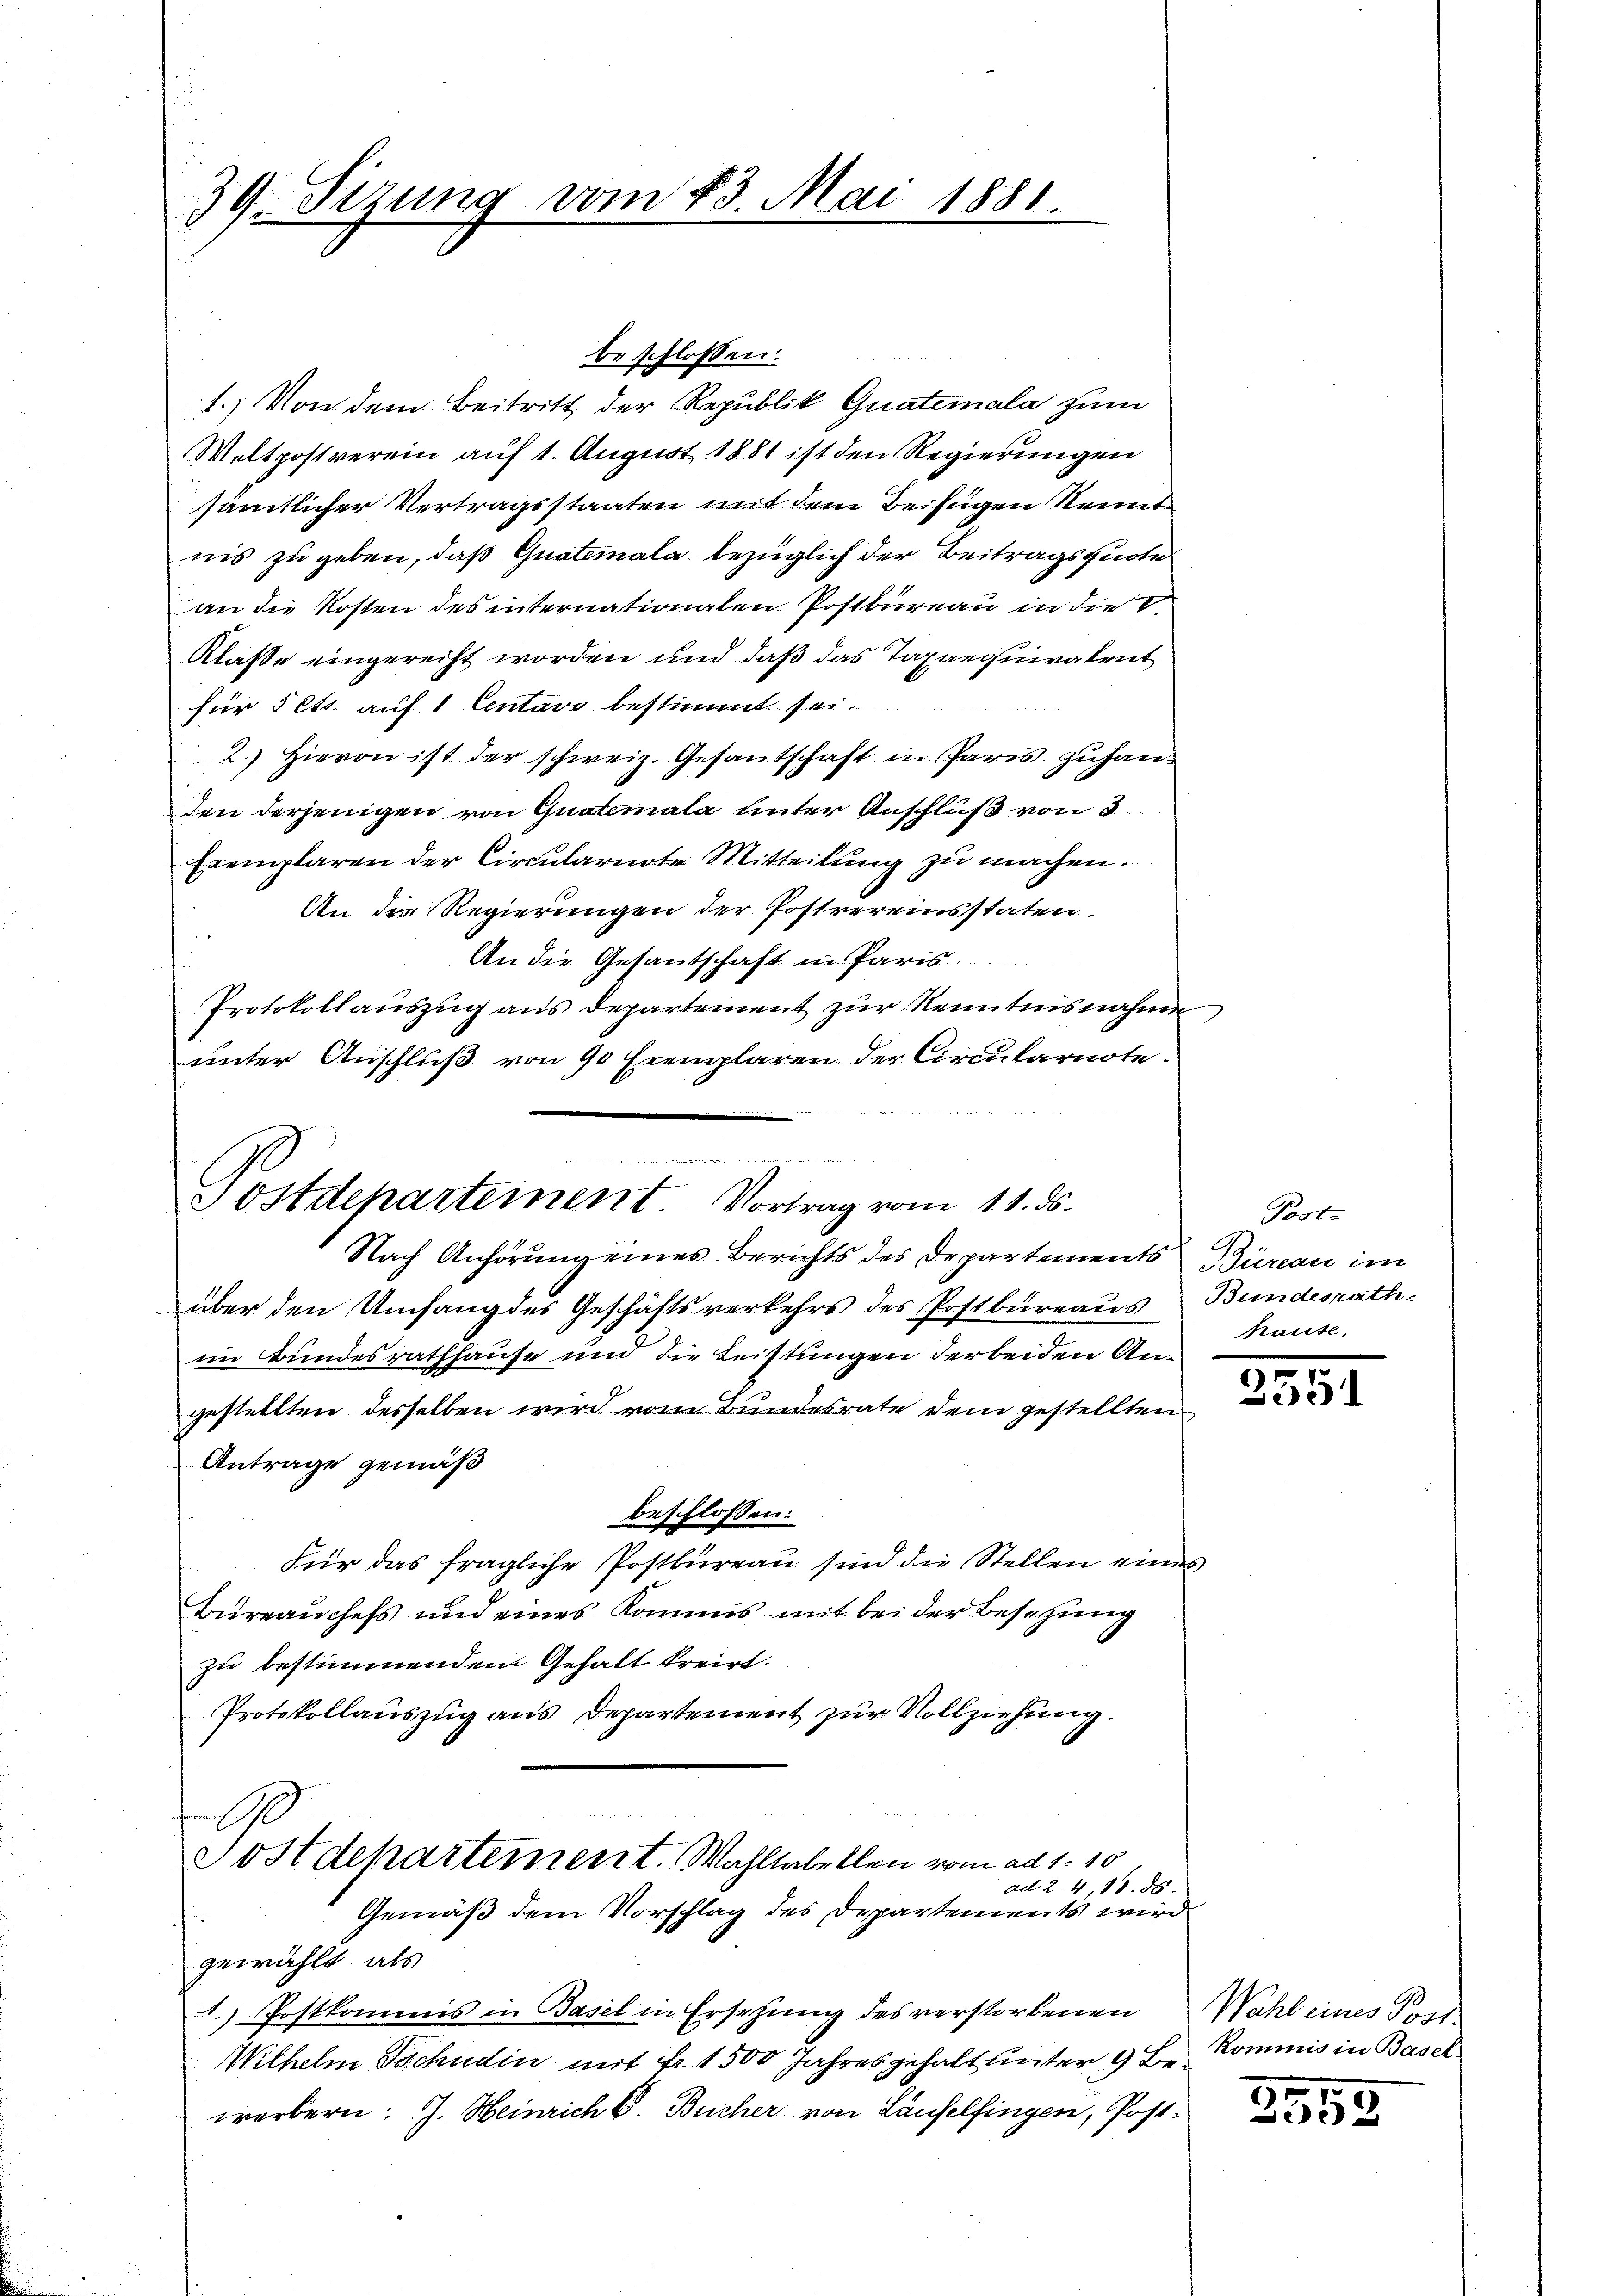
39. Sizung vom 23. Mai 1881.

Postdepartement. Vortrag vom 11. ds.

1.) Von dem Beitritt der Republik Guatemala zum
Weltpostverein auf 1. August 1881 ist den Regierungen
sämtlicher Vertragsstaaten mit dem Beifügen Kennt
nis zu geben, daß Guatemala bezüglich der Beitragsquote
an die Kosten des internationalen Postbureau in die
Klasse eingereicht worden und daß das Taxaequivalent
für 5 Cts. auf 1 Centavo bestimmt sei.
2.) Hievon ist der schweiz. Gesantschaft in Paris zŭhan-
den derjenigen von Guatemala unter Anschluß von 3
Exemplaren der Circularirte Mitteilung zu machen.
An die Regierungen der Postvereinsstaten.
An die Gesantschaft in Paris.
Protokollauszug aus Departement zur Kenntnisnahme
unter Anschluß von 90 Exemplaren der Circularnote.
Nach Anhörung eines Berichts des Departements Bureau im
über den Umfang des Geschäftsverkehrs des Postbureaus Bundesrath
im Bundesrathhause und die Leistungen der beiden Angestellten desselben wird vom Bundesrate dem gestellten
Antrage gemäß
beschlossen:
Für das fragliche Postbureau sind die Stellen eines
Büreaŭchefs und eines Kommis mit bei der Besetzung
zu bestimmendem Gehalt kreist.
Protokollauszug aus Departement zur Vollziehung.
wornach
Postdepartement. Wahltabellen vom ad 1. 10
ad 2. 4, 17. 58.
Gemäß dem Vorschlag des Departements wird
gewählt, als
1.) Postkommnis in Basel in Ersetzung des verstorbenen
Wilhelm Tschudin mit Fr. 1500 Jahres gehalt unter 9 Be Kommis in Basel
werbern. J. Heinrich C. Bücher von Laufelfingen, Post¬

Poste
hause,

2551

Wahl eines Post-

2552